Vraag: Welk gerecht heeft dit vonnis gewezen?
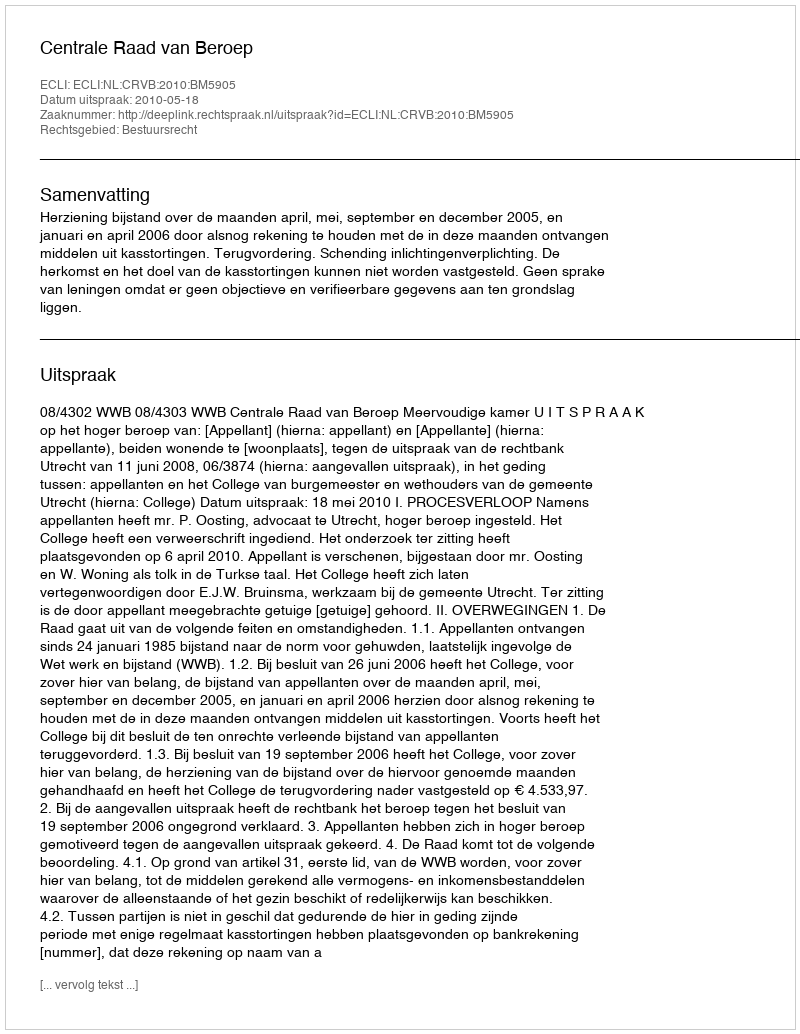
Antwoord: Centrale Raad van Beroep